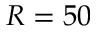
R = 5 0